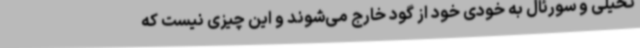
تخیلی و سورئال به خودی خود از گود خارج می‌شوند و این چیزی نیست که